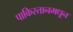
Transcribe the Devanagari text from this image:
पाकिस्तानमधून